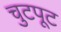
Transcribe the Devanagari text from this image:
चुटपूट